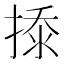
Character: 𰔎